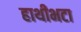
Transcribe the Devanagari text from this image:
हाथीभटा